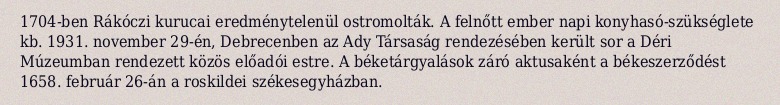
1704-ben Rákóczi kurucai eredménytelenül ostromolták. A felnőtt ember napi konyhasó-szükséglete kb. 1931. november 29-én, Debrecenben az Ady Társaság rendezésében került sor a Déri Múzeumban rendezett közös előadói estre. A béketárgyalások záró aktusaként a békeszerződést 1658. február 26-án a roskildei székesegyházban.